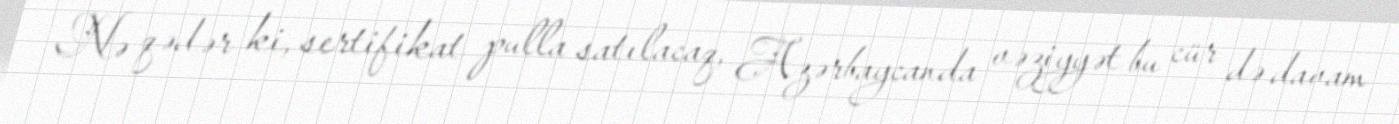
Nə qədər ki, sertifikat pulla satılacaq, Azərbaycanda vəziyyət bu cür də davam